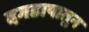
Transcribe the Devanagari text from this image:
दगडापातून